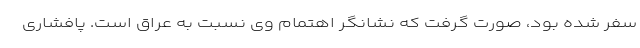
سفر شده بود، صورت گرفت که نشانگر اهتمام وی نسبت به عراق است. پافشاری